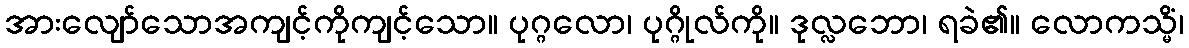
အားလျော်သောအကျင့်ကိုကျင့်သော။ ပုဂ္ဂလော၊ ပုဂ္ဂိုလ်ကို။ ဒုလ္လဘော၊ ရခဲ၏။ လောကသ္မိံ၊